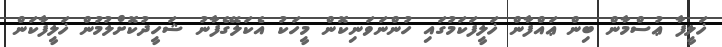
ޚަލީފާ ޢުސްމާން ބިން ޢައްފާން ޚަލީފަކަމުގައި ހުންނަވަނިކޮން މީހަކު އެކަލޭގެފާނު ޝަހީދުކޮށްލުމުން ޚަލީފާކަން